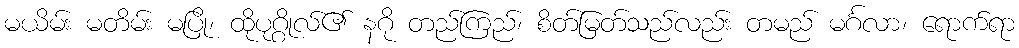
မယိမ်း မတိမ်း မပြို၊ ထိုပုဂ္ဂိုလ်၏ နဂို တည်ကြည်၊ စိတ်မြတ်သည်လည်း တမည် မင်္ဂလာ၊ ရောက်ရာ